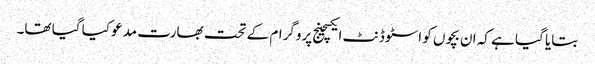
بتایا گیا ہے کہ ان بچوں کو اسٹوڈنٹ ایکسچینج پروگرام کے تحت بھارت مدعو کیا گیا تھا۔